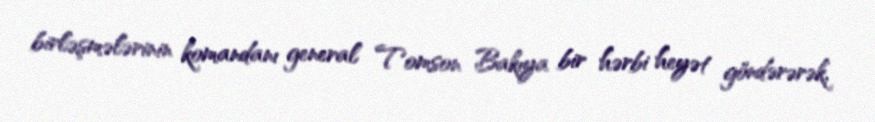
birləşmələrinin komandanı general Tomson Bakıya bir hərbi heyət göndərərək,